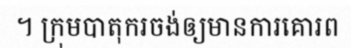
។ ក្រុមបាតុករចង់ឲ្យមានការគោរព